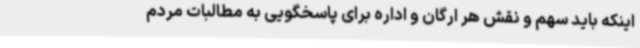
اینکه باید سهم و نقش هر ارگان و اداره برای پاسخگویی به مطالبات مردم